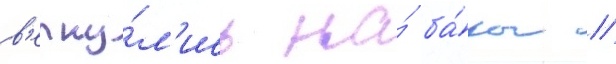
в'ерну́л'ись на́ ба́зы //